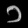
Digit: ၁